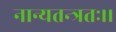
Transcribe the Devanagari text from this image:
नान्यतन्त्रतः।।